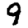
Digit: 9